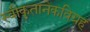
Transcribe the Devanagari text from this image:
स्वीकृतानेकविग्रह